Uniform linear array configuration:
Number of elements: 32
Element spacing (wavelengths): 1
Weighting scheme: hamming
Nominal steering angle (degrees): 15
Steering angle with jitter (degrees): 14.193
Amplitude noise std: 0.05
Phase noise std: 0.05

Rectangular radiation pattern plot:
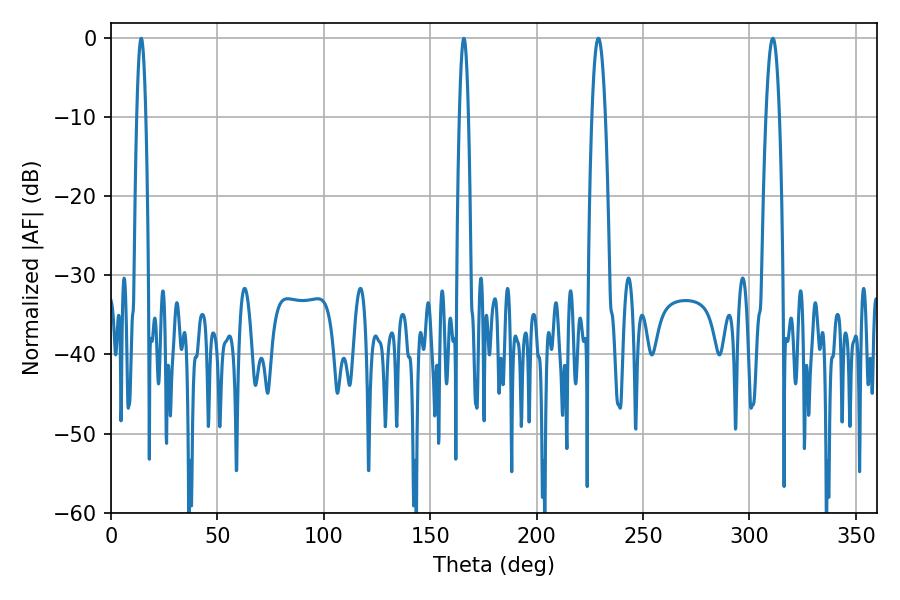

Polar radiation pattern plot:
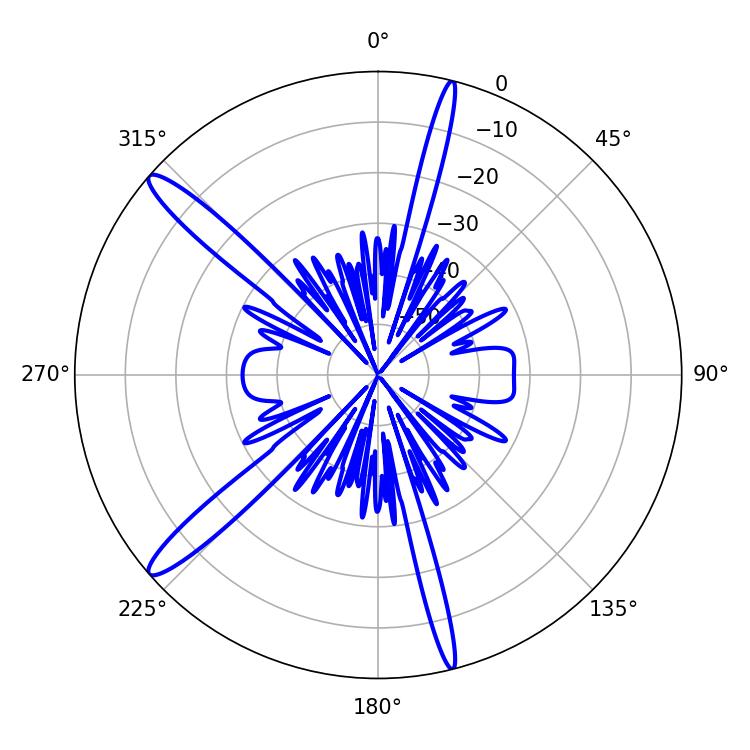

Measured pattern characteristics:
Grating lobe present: TRUE
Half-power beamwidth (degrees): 2.16
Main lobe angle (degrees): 165.78